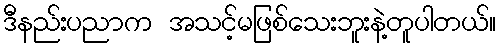
ဒီနည်းပညာက အသင့်မဖြစ်သေးဘူးနဲ့တူပါတယ်။